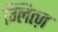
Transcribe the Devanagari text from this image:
ग्लित्ज़